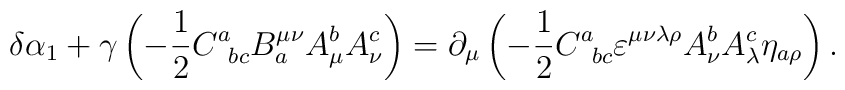
\delta \alpha _1+\gamma \left( -\frac 12C_{\;\;bc}^aB_a^{\mu \nu}A_\mu ^bA_\nu ^c\right) =\partial _\mu \left( -\frac12C_{\;\;bc}^a\varepsilon ^{\mu \nu \lambda \rho }A_\nu ^bA_\lambda ^c\eta_{a\rho }\right) .